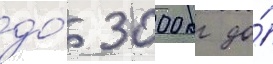
до́ 3000 кг до́